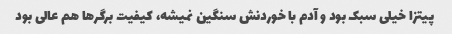
پیتزا خیلی سبک بود و آدم با خوردنش سنگین نمیشه، کیفیت برگرها هم عالی بود